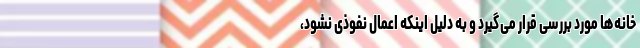
خانه‌ها مورد بررسی قرار می‌گیرد و به دلیل اینکه اعمال نفوذی نشود،